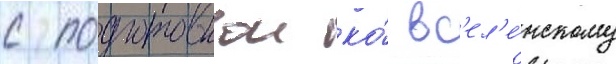
с подготовкои ко́ вс'ел'е́нскому